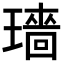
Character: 𬎓